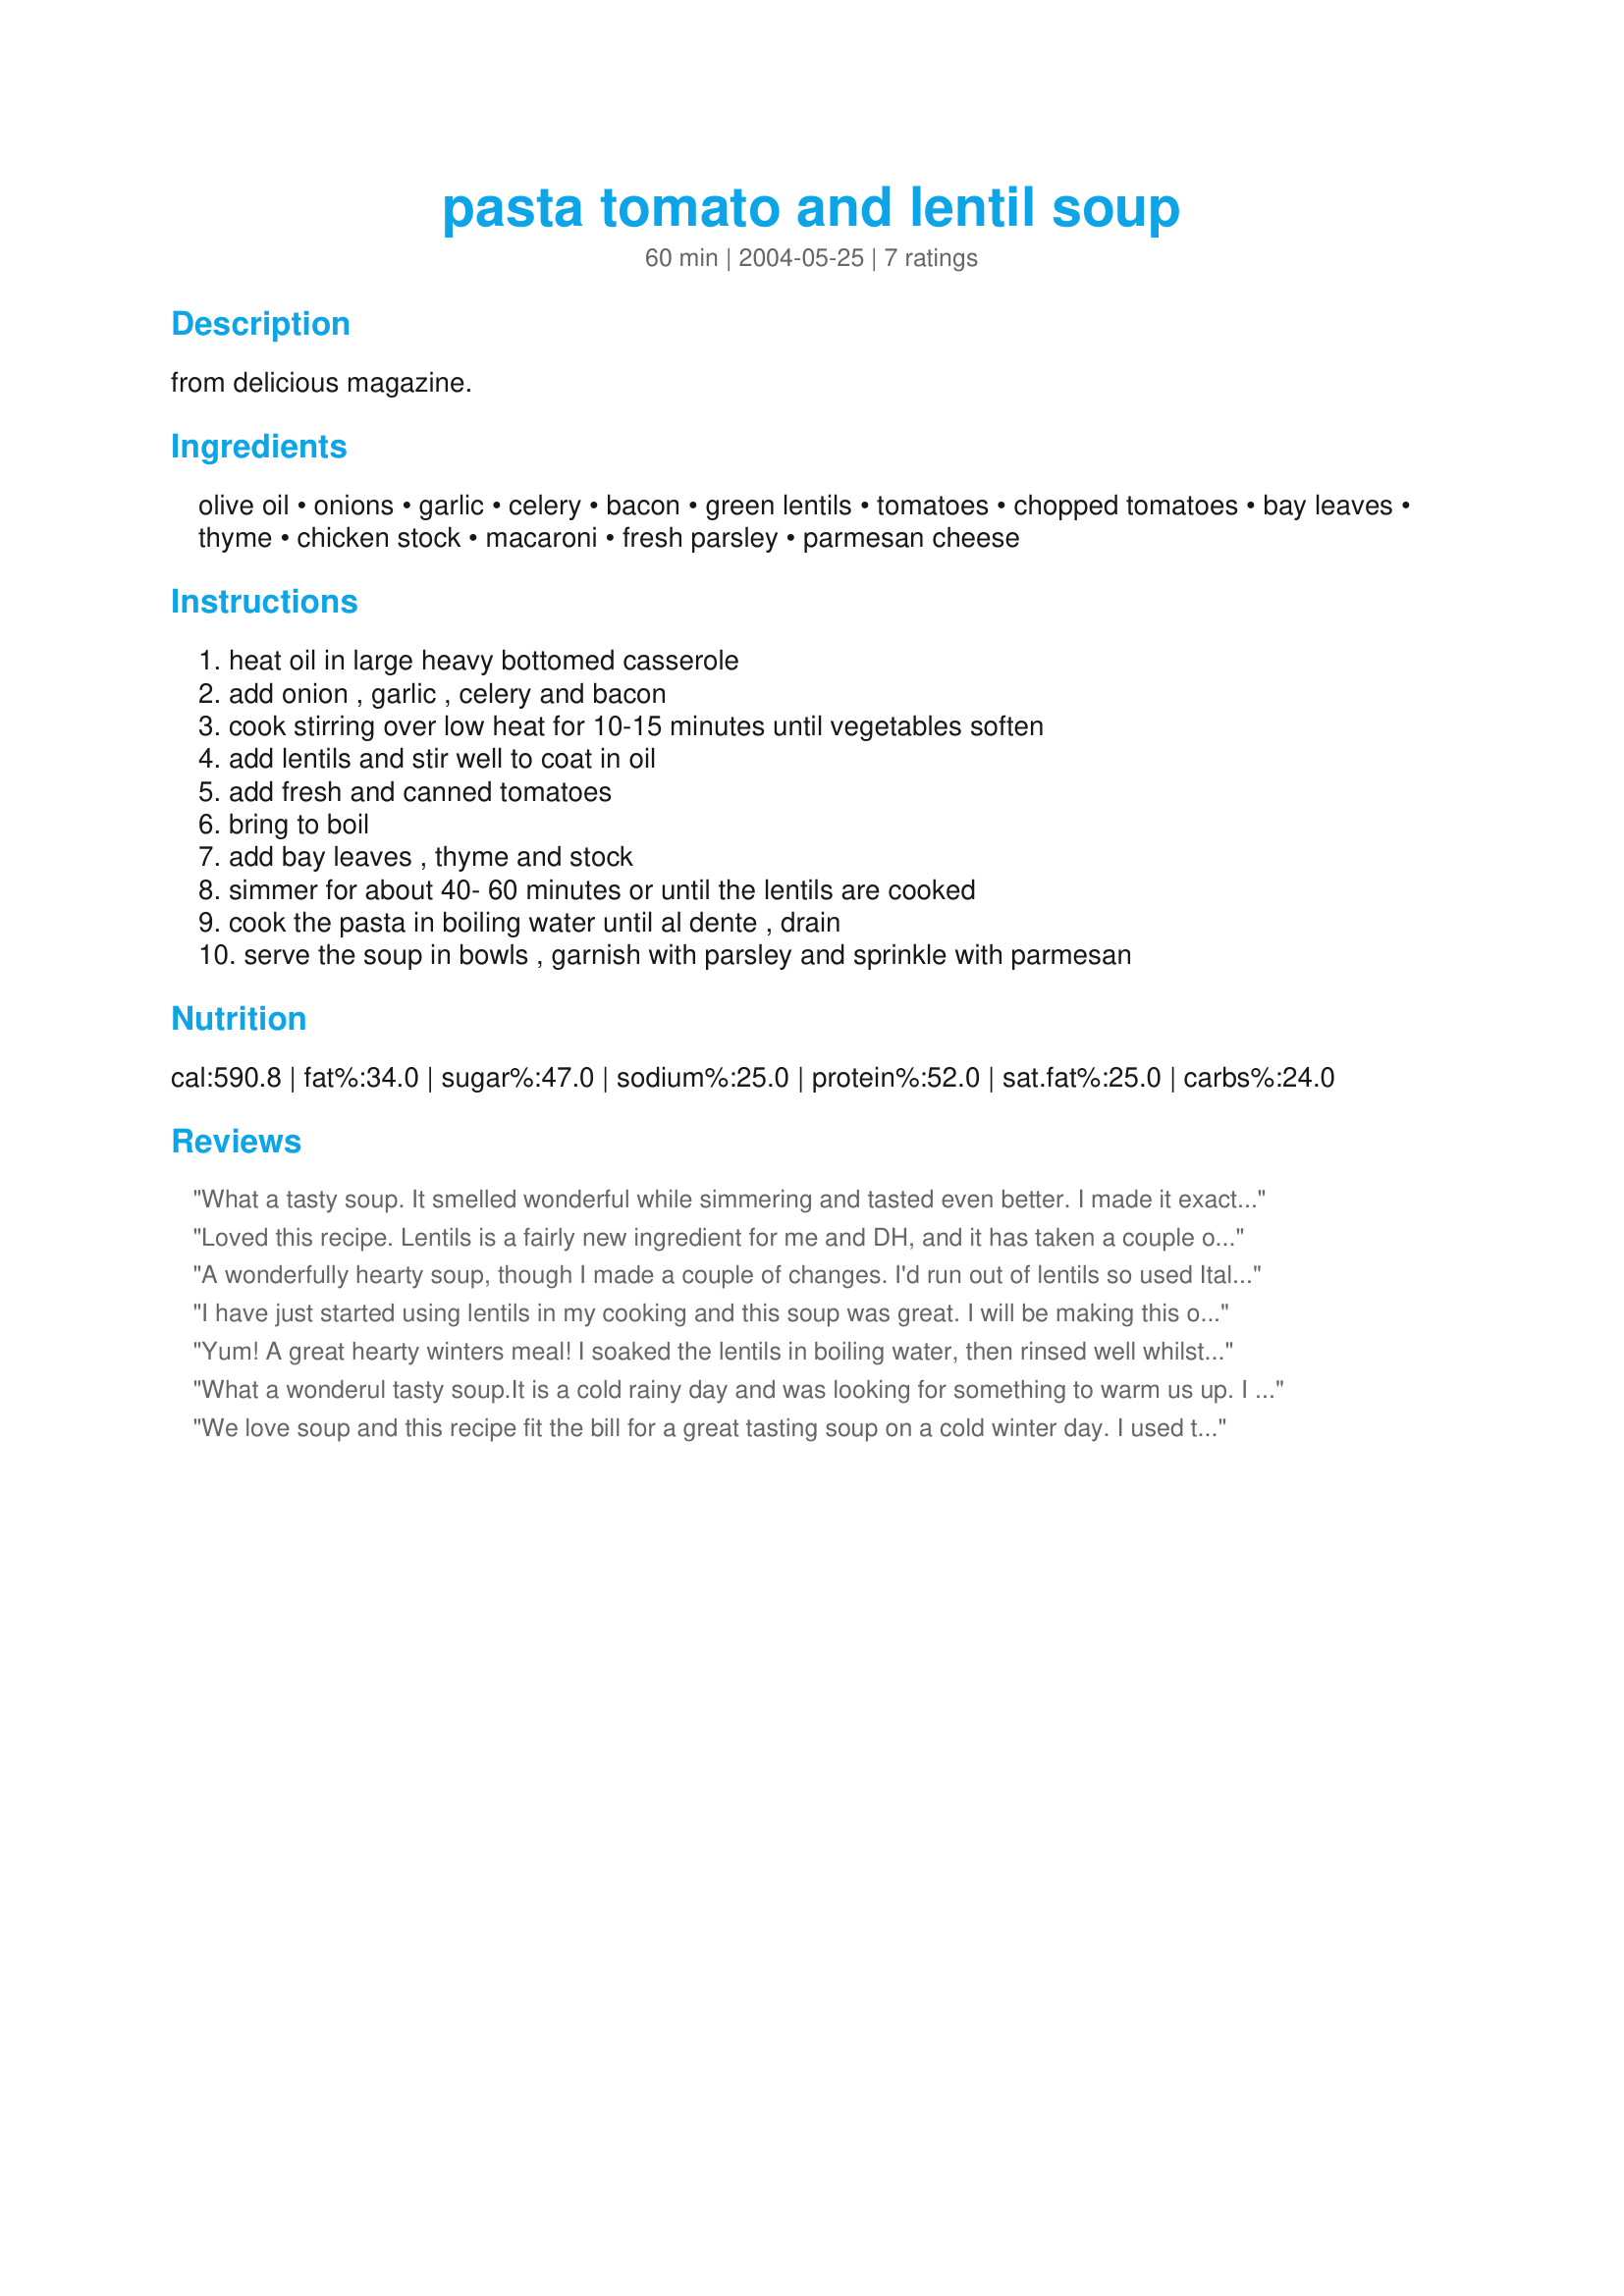
pasta tomato and lentil soup
Preparation time: 60 minutes

from delicious magazine.

Ingredients:
olive oil, onions, garlic, celery, bacon, green lentils, tomatoes, chopped tomatoes, bay leaves, thyme, chicken stock, macaroni, fresh parsley, parmesan cheese

Steps:
heat oil in large heavy bottomed casserole, add onion , garlic , celery and bacon, cook stirring over low heat for 10-15 minutes until vegetables soften, add lentils and stir well to coat in oil, add fresh and canned tomatoes, bring to boil, add bay leaves , thyme and stock, simmer for about 40- 60 minutes or until the lentils are cooked, cook the pasta in boiling water until al dente , drain, serve the soup in bowls , garnish with parsley and sprinkle with parmesan

Reviews:
What a tasty soup. It smelled wonderful while simmering and tasted even better. I made it exactly as written, for a lovely treat. A very hearty and savory soup, just perfect for the rainy weather we have been experiencing. Thanks so much for sharing Jewelies, we enjoyed it very much.
Loved this recipe. Lentils is a fairly new ingredient for me and DH, and it has taken a couple of recipes to find the right mix for us. This recipe works wonderfully. In our search for more protein, we may have found a winner!! Made just as directed.
A wonderfully hearty soup, though I made a couple of changes. I'd run out of lentils so used Italian soup mix instead (dried peas, bean & lentils) which extended the cooking time by about 30 mins. Although I was making a half recipe, I used a whole can of tomatoes with basil & oregano, as I only had 1 tomato, and I left out the bay leaves and thyme. I also added the raw pasta in the last 15 minutes of cooking instead of cooking it separately. Very easy and definitely a keeper.
I have just started using lentils in my cooking and this soup was great. I will be making this often. The soup is very fresh tasting. I didn't have any bacon on hand so I cut up a little bit of ham to replace it. Thanks Jewelies!
Yum! A great hearty winters meal! I soaked the lentils in boiling water, then rinsed well whilst the onion ect was softening just to reduce the cooking time slightly. Next time instead of the fresh tomatoes I'll add carrots to the onion mixture and some zuchinni closer to the end of cooking.
What a wonderul tasty soup.It is a cold rainy day and was looking for something to warm us up. I used a can of lentils and followed your recipe precisely.Thank you for sharing this fantastic meal.
Rita
We love soup and this recipe fit the bill for a great tasting soup on a cold winter day. I used the bean and lentil soup mix but because of the beans did have to cook the soup longer. Healthy and great taste, can't get better than that. Recipe is in my keepers file Made for AUS/NZ swap#25
